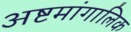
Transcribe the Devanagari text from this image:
अष्टमांगालिक